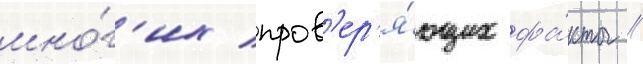
мно́г'их пров'ер'я́ющих фа́кты //